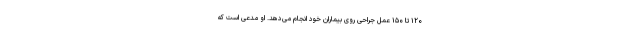
۱۲۰ تا ۱۵۰ عمل جراحی روی بیماران خود انجام می‌دهد. او مدعی است که